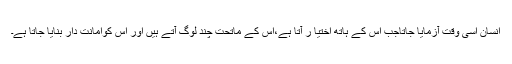
انسان اسی وقت آزمایا جاتاجب اس کے ہاتھ اختیا ر آتا ہے،اس کے ماتحت چند لوگ آتے ہیں اور اس کوامانت دار بنایا جاتا ہے۔